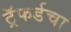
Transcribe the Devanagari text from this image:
ट्रॅफर्डचा